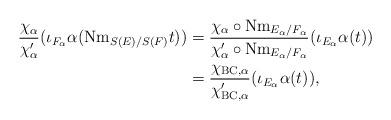
LaTeX: \begin{align*}\begin{aligned}\frac{\chi_{\alpha}}{\chi'_{\alpha}}(\iota_{F_{\alpha}}\alpha(\mathrm{Nm}_{S(E)/S(F)}t))&=\frac{\chi_{\alpha}\circ \mathrm{Nm}_{E_{\alpha}/F_{\alpha}}}{\chi'_{\alpha}\circ \mathrm{Nm}_{E_{\alpha}/F_{\alpha}}}(\iota_{E_{\alpha}}\alpha(t))\\&=\frac{\chi_{\mathrm{BC},\alpha}}{\chi'_{\mathrm{BC},\alpha}}(\iota_{E_{\alpha}}\alpha(t)),\end{aligned}\end{align*}